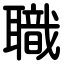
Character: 職